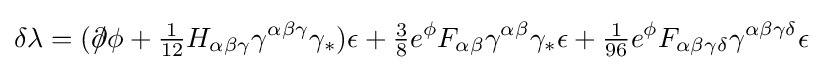
\delta \lambda =({\partial \!\!\!/}\phi +{\tfrac {1}{12}}H_{\alpha \beta \gamma }\gamma ^{\alpha \beta \gamma }\gamma _{*})\epsilon +{\tfrac {3}{8}}e^{\phi }F_{\alpha \beta }\gamma ^{\alpha \beta }\gamma _{*}\epsilon +{\tfrac {1}{96}}e^{\phi }F_{\alpha \beta \gamma \delta }\gamma ^{\alpha \beta \gamma \delta }\epsilon